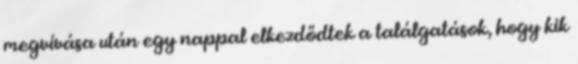
megvívása után egy nappal elkezdődtek a találgatások, hogy kik